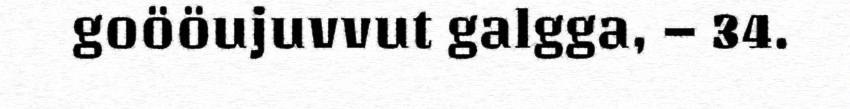
goööujuvvut galgga, – 34.